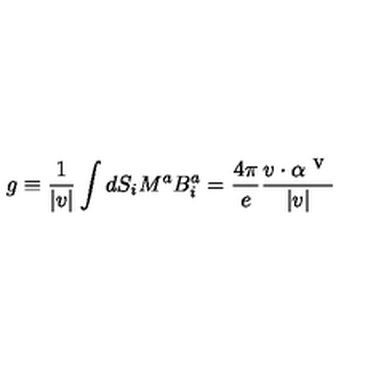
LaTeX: g \equiv \frac { 1 } { | v | } \int d S _ { i } M ^ { a } B _ { i } ^ { a } = \frac { 4 \pi } { e } \frac { v \cdot \alpha ^ { \textrm { v } } } { | v | }